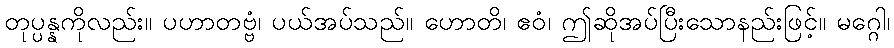
တုပ္ပန္နကိုလည်း။ ပဟာတဗ္ဗံ၊ ပယ်အပ်သည်။ ဟောတိ၊ ဧဝံ၊ ဤဆိုအပ်ပြီးသောနည်းဖြင့်။ မဂ္ဂေါ၊